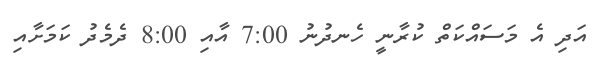
އަދި އެ މަސައްކަތް ކުރާނީ ހެނދުނު 7:00 އާއި 8:00 ދެމެދު ކަމަށާއި